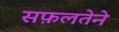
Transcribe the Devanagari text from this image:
सफ़लतेने